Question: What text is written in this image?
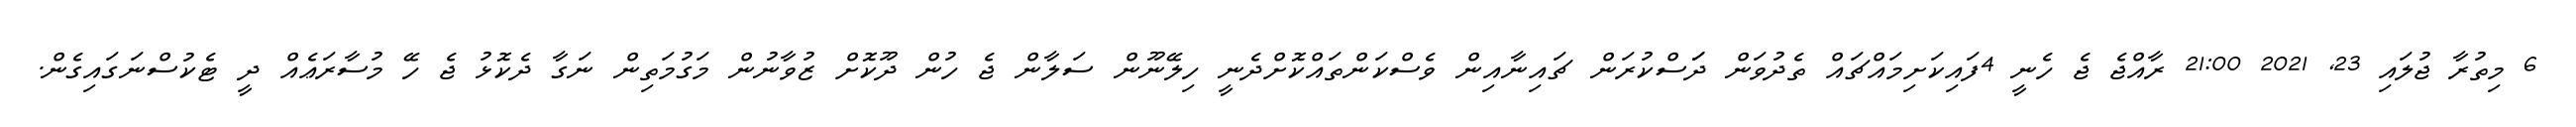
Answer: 6 މިތުރާ ޖުލައި 23, 2021 21:00 ރާއްޖެ ޖެ ހެނީ 4ފައިކަށިމައްޗައް ތެދުވަން ދަަސްކުރަން ޗައިނާއިން ވެސްކަންތައްކޮށްދެނީ ހިލޭނޫން ސަލާން ޖެ ހުން ދޫކޮށް ޒުވާނުން މަގުމަތިން ނަގާ ދެކޮޅު ޖެ ހޭ މުސާރަޢެއް ދީ ޓެކުސްނަގައިގެން.